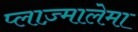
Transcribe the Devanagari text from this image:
प्लाज़्मालेमा